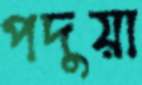
পদুয়া